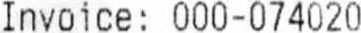
INVOICE : 000-074020